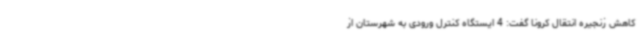
کاهش زنجیره انتقال کرونا گفت: 4 ایستگاه کنترل ورودی به شهرستان از